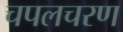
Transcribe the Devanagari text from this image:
चपलचरण